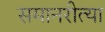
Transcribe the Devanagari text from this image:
समानरीत्या